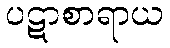
ပဋာစာရာယ